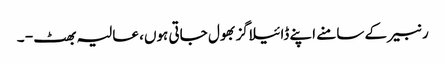
رنبیر کے سامنے اپنے ڈائیلاگز بھول جاتی ہوں، عالیہ بھٹ - ۔